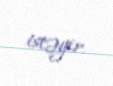
istəyir.